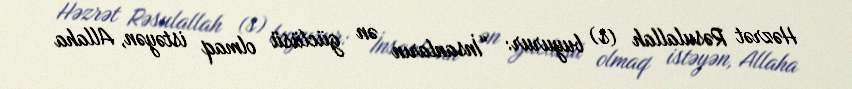
Həzrət Rəsulallah (s) buyurur: “İnsanların ən güclüsü olmaq istəyən, Allaha